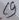
Text: C7